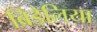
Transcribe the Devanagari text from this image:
ब्रिडेलिया